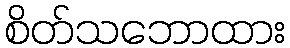
စိတ်သဘောထား